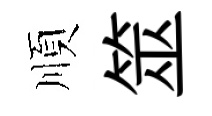
順筮